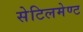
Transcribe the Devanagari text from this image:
सेटिलमेण्ट